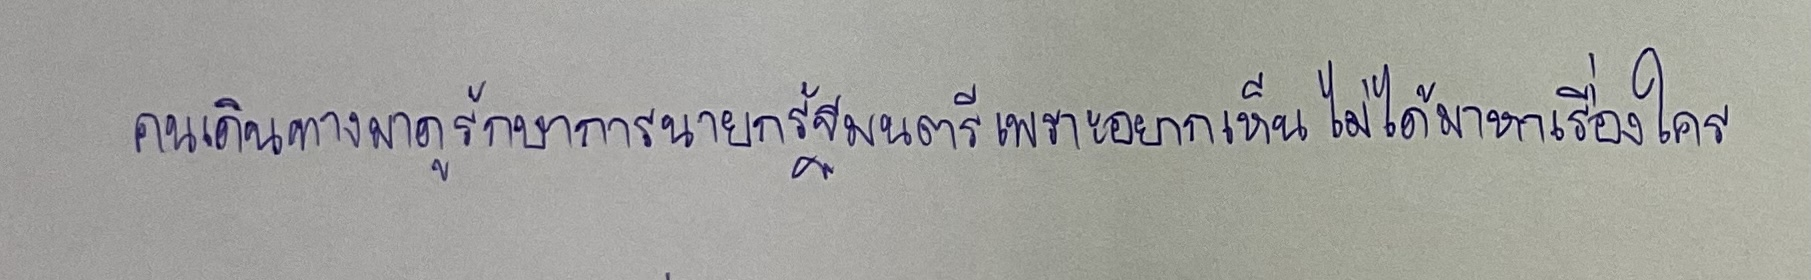
คนเดินทางมาดูรักษาการนายกรัฐมนตรีเพราะอยากเห็นไม่ได้มาหาเรื่องใคร